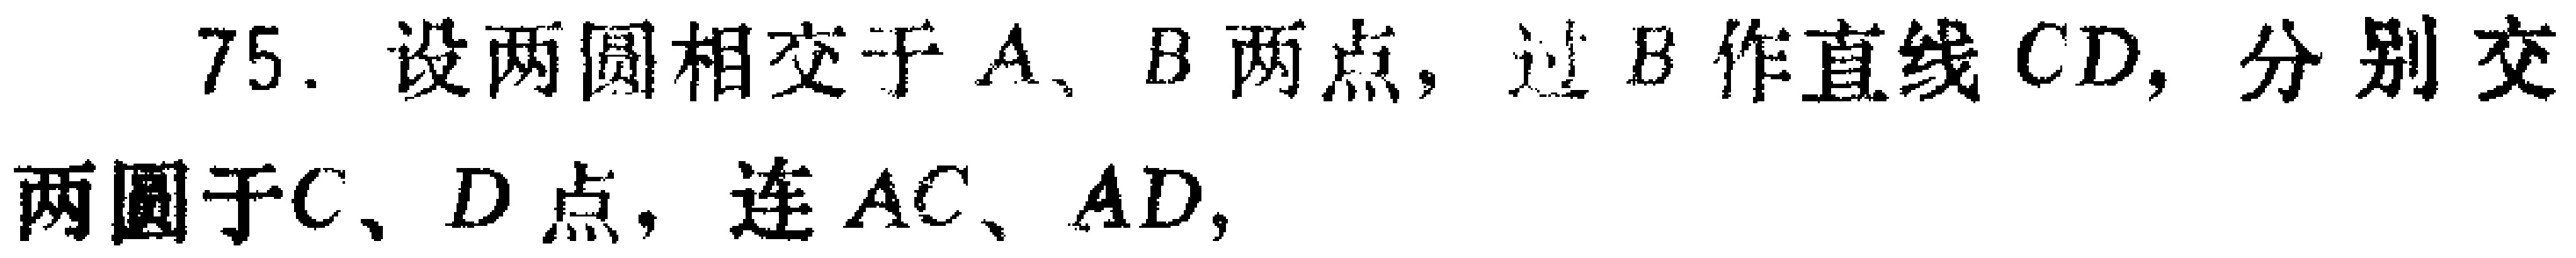
75. 设两圆相交于\(A\)、\(B\)两点，过\(B\)作直线\(CD\)，分别交两圆于\(C\)、\(D\)点，连\(AC\)、\(AD\)，